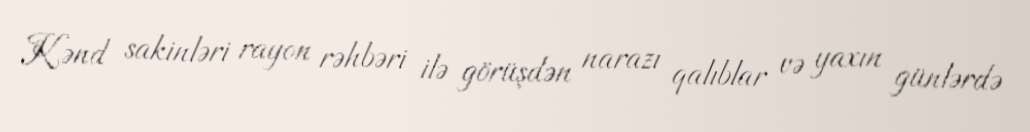
Kənd sakinləri rayon rəhbəri ilə görüşdən narazı qalıblar və yaxın günlərdə